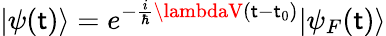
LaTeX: |\psi(\mathsf{t})\rangle=e^{-{\frac{{i}}{{\hbar}}}\lambdaV(\mathsf{t}-\mathsf{t}_{0})}|\psi_{F}(\mathsf{t})\rangle